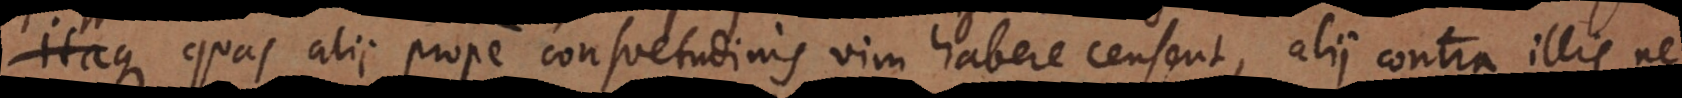
itaque quas alii prope consuetudinis vim habere censent, alii contra illis ne